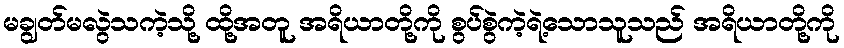
မချွတ်မလွဲသကဲ့သို့ ထို့အတူ အရိယာတို့ကို စွပ်စွဲကဲ့ရဲ့သောသူသည် အရိယာတို့ကို